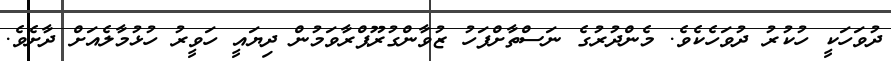
ދުވަހަކީ ހުކުރު ދުވަހެކެވެ. މެންދުރުގެ ނަސްތާށްފަހު ޒުވާންގުރޫޕްރާވަމުން ދިޔައީ ހަވީރު ހުޅުމާލެއަށް ދާށެވެ.